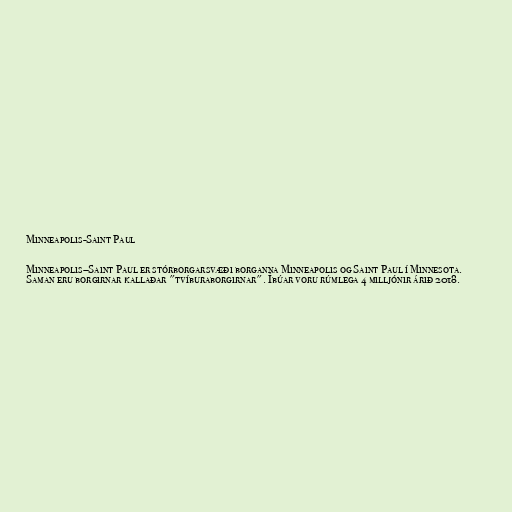
Minneapolis-Saint Paul

Minneapolis–Saint Paul er stórborgarsvæði borganna Minneapolis og Saint Paul í Minnesota.
Saman eru borgirnar kallaðar "tvíburaborgirnar". Íbúar voru rúmlega 4 milljónir árið 2018.